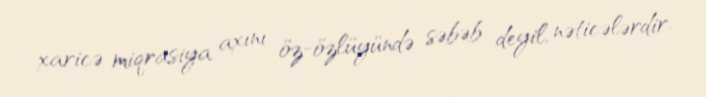
xaricə miqrasiya axını öz-özlüyündə səbəb deyil, nəticələrdir.